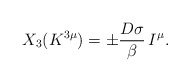
\begin{align*}X_{3}(K^{3\mu}) = \pm \frac{D \sigma }{\beta} \, I^{\mu}.\end{align*}